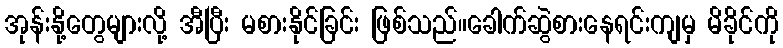
အုန်းနို့တွေများလို့ အီပြီး မစားနိုင်ခြင်း ဖြစ်သည်။ခေါက်ဆွဲစားနေရင်းကျမှ မိခိုင်ကို